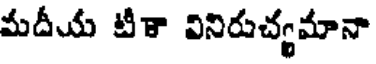
మదీయ టీకా వినిరుచ్యమానా